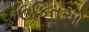
ઉકિતઓ